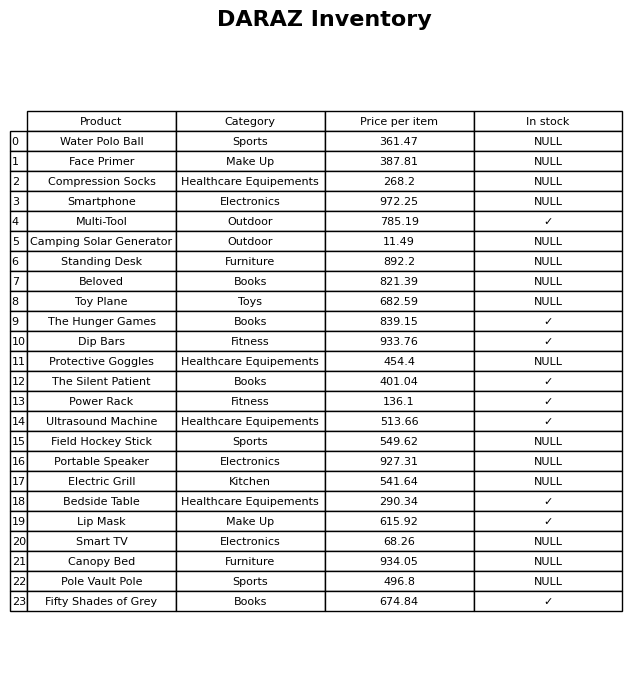
question: What is the price of the Power Rack?
answer: The price of Power Rack is 136.1.